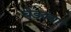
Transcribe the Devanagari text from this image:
बेडक्या